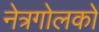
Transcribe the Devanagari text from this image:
नेत्रगोलकों